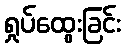
ရှုပ်ထွေးခြင်း